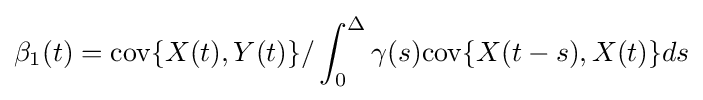
\beta _{1}(t)=\mathrm {cov} \{X(t),Y(t)\}/\int _{0}^{\Delta }\gamma (s)\mathrm {cov} \{X(t-s),X(t)\}ds